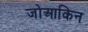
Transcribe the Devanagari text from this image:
जोआकिन